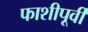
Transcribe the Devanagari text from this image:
फाशीपूर्वी